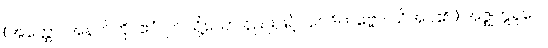
(အတ္ထော၊ အနက်ကို။ ဧဝံ၊ ဤသို့သော နည်းဖြင့်။ ဝေဒိတဗ္ဗော၊ သိအပ်၏။) အဇ္ဈတ္တရူပေ၊